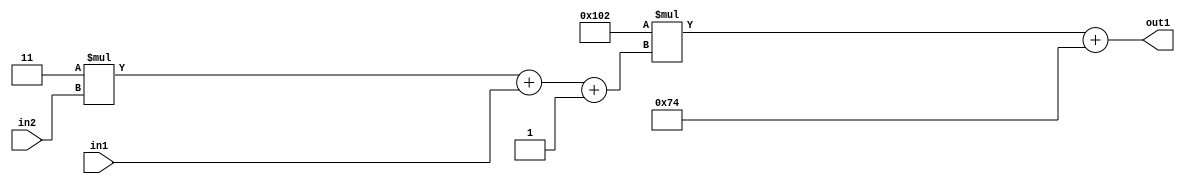
`timescale 1ps / 1ps
/*****************************************************************************
    Verilog RTL Description
    
    
    Created by: Stratus DpOpt 2019.1.01 
*******************************************************************************/

module DC_Filter_Add2i116Mul2i258Add3i1u1Mul2i3u2_1 (
	in2,
	in1,
	out1
	); /* architecture "behavioural" */ 
input [1:0] in2;
input  in1;
output [11:0] out1;
wire [11:0] asc001;
wire [3:0] asc002;

wire [3:0] asc002_tmp_0;
wire [3:0] asc002_tmp_1;
assign asc002_tmp_1 = 
	+(4'B0011 * in2);
assign asc002_tmp_0 = asc002_tmp_1
	+(in1);
assign asc002 = asc002_tmp_0
	+(4'B0001);

wire [11:0] asc001_tmp_2;
assign asc001_tmp_2 = 
	+(12'B000100000010 * asc002);
assign asc001 = asc001_tmp_2
	+(12'B000001110100);

assign out1 = asc001;
endmodule

/* CADENCE  vrP4SQo= : u9/ySgnWtBlWxVPRXgAZ4Og= ** DO NOT EDIT THIS LINE ******/